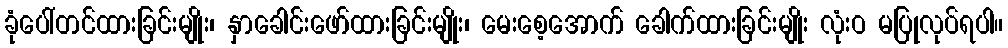
ခုံပေါ်တင်ထားခြင်းမျိုး၊ နှာခေါင်းဖော်ထားခြင်းမျိုး၊ မေးစေ့အောက် ခေါက်ထားခြင်းမျိုး လုံးဝ မပြုလုပ်ရပါ။